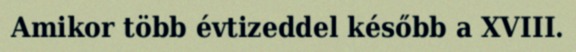
Amikor több évtizeddel később a XVIII.